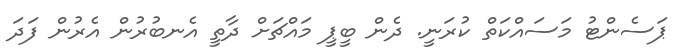
ޕަސެންޓު މަސައްކަތް ކުރަނީ. ދެން ބީޕީ މައްޗަށް ދާތީ އެނބުރުން އެރުން ފަދަ